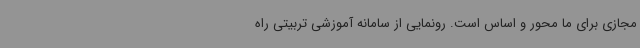
مجازی برای ما محور و اساس است. رونمایی از سامانه آموزشی تربیتی راه